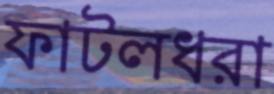
ফাটলধরা